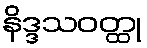
နိဒ္ဒသဝတ္ထု